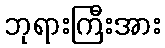
ဘုရားကြီးအား